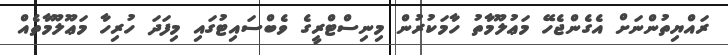
ރައްޔިތުންނަށް އެގެންޖެހޭ މަޢުލޫމާތު ހާމަކުރުން މިނިސްޓްރީގެ ވެބްސައިޓުގައި މިފަދަ ހުރިހާ މަޢޫލޫމާތެއް